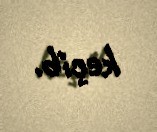
keçib.